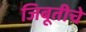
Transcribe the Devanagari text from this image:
जिबूतीचे